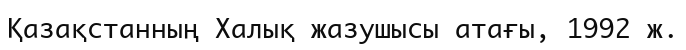
Қазақстанның Халық жазушысы атағы, 1992 ж.